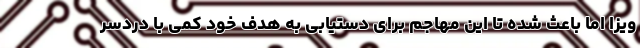
ویزا اما باعث شده تا این مهاجم برای دستیابی به هدف خود کمی با دردسر